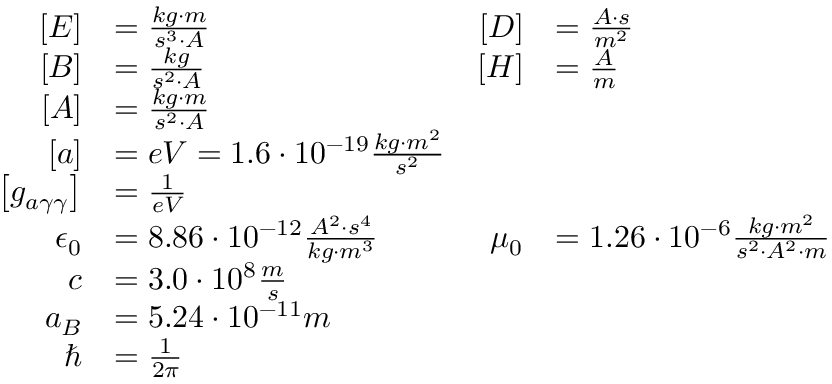
\begin{array} { r l r l } { \left[ E \right] } & { = \frac { k g \cdot m } { s ^ { 3 } \cdot A } \qquad } & { \left[ D \right] } & { = \frac { A \cdot s } { m ^ { 2 } } } \\ { \left[ B \right] } & { = \frac { k g } { s ^ { 2 } \cdot A } \qquad } & { \left[ H \right] } & { = \frac { A } { m } } \\ { \left[ A \right] } & { = \frac { k g \cdot m } { s ^ { 2 } \cdot A } } \\ { \left[ a \right] } & { = e V = 1 . 6 \cdot 1 0 ^ { - 1 9 } \frac { k g \cdot m ^ { 2 } } { s ^ { 2 } } } \\ { \left[ g _ { a \gamma \gamma } \right] } & { = \frac { 1 } { e V } } \\ { \epsilon _ { 0 } } & { = 8 . 8 6 \cdot 1 0 ^ { - 1 2 } \frac { A ^ { 2 } \cdot s ^ { 4 } } { k g \cdot m ^ { 3 } } \qquad } & { \mu _ { 0 } } & { = 1 . 2 6 \cdot 1 0 ^ { - 6 } \frac { k g \cdot m ^ { 2 } } { s ^ { 2 } \cdot A ^ { 2 } \cdot m } } \\ { c } & { = 3 . 0 \cdot 1 0 ^ { 8 } \frac { m } { s } } \\ { a _ { B } } & { = 5 . 2 4 \cdot 1 0 ^ { - 1 1 } m } \\ { \hbar } & { = \frac { 1 } { 2 \pi } } \end{array}